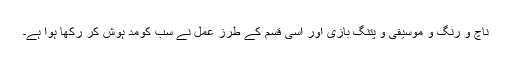
ناچ و رنگ و موسیقی و پتنگ بازی اور اسی قسم کے طرزِ عمل نے سب کومد ہوش کر رکھا ہوا ہے۔